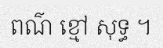
ពណ៌ ខ្មៅ សុទ្ធ ។